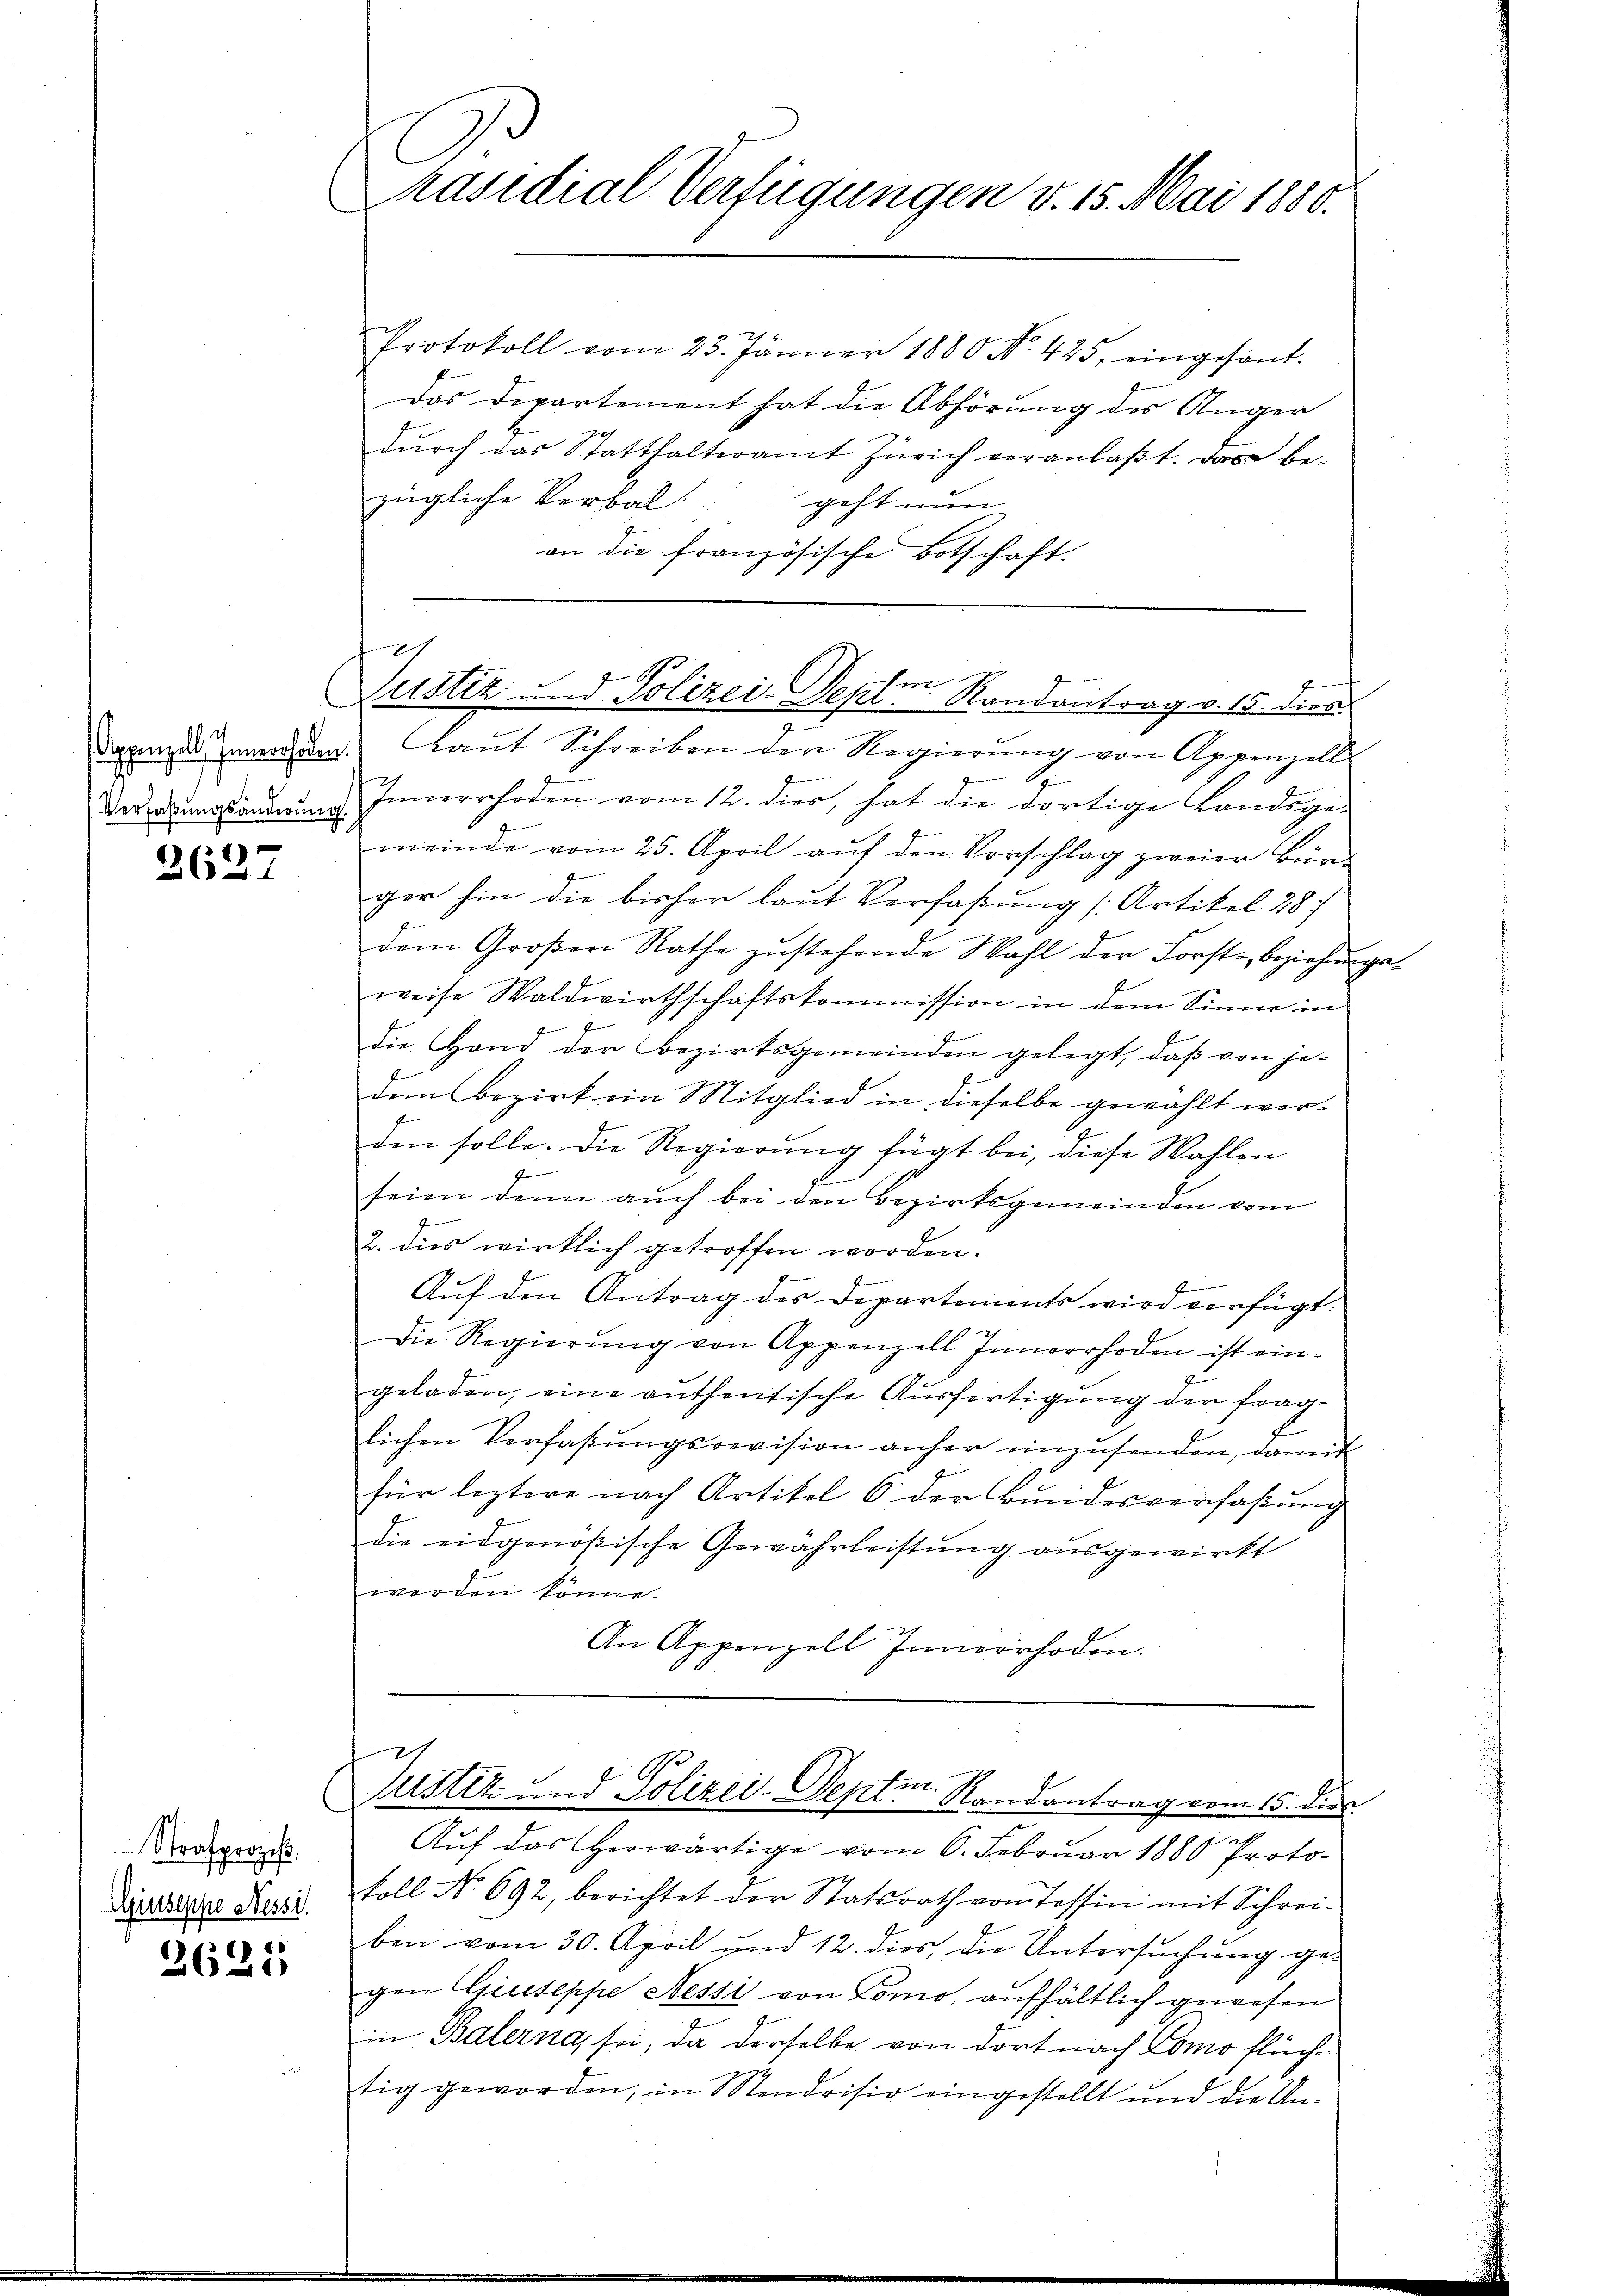
x
2627

Strafprozeβ,
Giuseppe Nessi.

2625

E
räsidial-Verfügungen v. 15. Mai 1880.

Protokoll vom 23. Jänner 1880 No. 425, eingesant-
Das Departement hat die Abhörung des Anger
dŭrch das Statthalteramt Zürich veranlaβt. Das be-
zügliche Verbal
geht nun
an die französische Botschaft.

2
4
Justiz und Polizei-Sept. Randantrag v. 15. dies

daxonzes Innersam. Laŭt Schreiben der Regierŭng von Appenzell
Verödungsordnung Innerrhoden vom 12. dies, hat die dortige Landsge-
meinde vom 25. April auf den Vorschlag zweier Bür-
ger hin die bisher laut Verfaßung (Artikel 28
dem Großen Rathe zustehende Wahl der Forste beziehen gef
weise Waldwirthschaftskommission in dem Sinne in
die Hand der Bezirksgemeinden gelegt, daß von jedem Bezirk ein Mitglied in dieselbe gewählt werden solle: Die Regierŭng fügt bei, diese Wahlen
seien denn auch bei den Bezirksgemeinden vom
2. dies wirklich getroffen worden.
Auf den Antrag des Departements wird verfügt:
Die Regierŭng von Appenzell Innerrhoden ist ein-
geladen, eine authentische Aŭsfertigung der frag-
lichen Verfaßungsrevision anher einzusenden, damit
für leztere nach Artikel 6 der Bundesverfaßung
die eidgenößische Gewährleistung ausgewirkt
werden könne.
An Appenzell Innerrhoden.

Justiz und Polizei-Deptm. Randantrag vom 15. dies

u
Auf das herwärtige vom 6. Februar 1880 Proto-
foll No 692, berichtet der Statsrath von Tessin mit Schrei-
ben vom 30. April und 12. dies die Untersuchung gen
gen Giuseppe Nessi von Tomo, aufhältlich gewesen
in Balerna sei, da derselbe von dort nach Como flüchtig geworden, in Mendrisio eingestellt und die Un¬